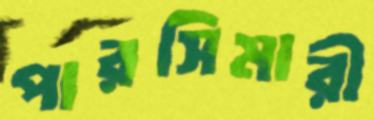
পারসিমারী